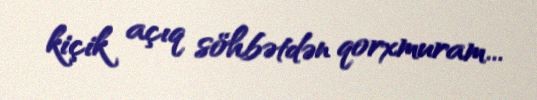
kiçik açıq söhbətdən qorxmuram...